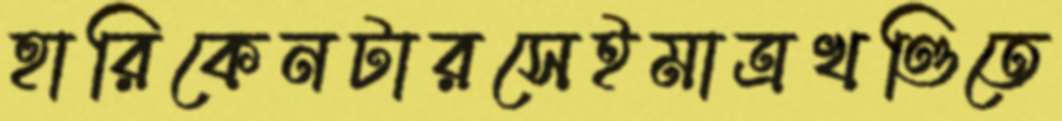
হারিকেনটারসেইমাত্রখণ্ডিতে